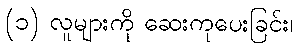
(၁) လူများကို ဆေးကုပေးခြင်း၊